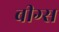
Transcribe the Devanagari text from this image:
बीग्स